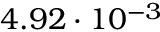
4 . 9 2 \cdot 1 0 ^ { - 3 }